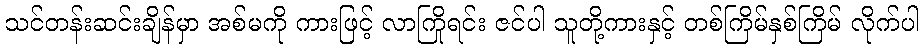
သင်တန်းဆင်းချိန်မှာ အစ်မကို ကားဖြင့် လာကြိုရင်း ဇင်ပါ သူတို့ကားနှင့် တစ်ကြိမ်နှစ်ကြိမ် လိုက်ပါ